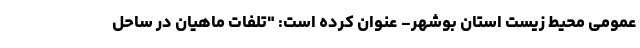
عمومی محیط زیست استان بوشهر- عنوان کرده است: "تلفات ماهیان در ساحل